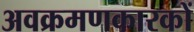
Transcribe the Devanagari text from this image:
अवक्रमणकारकों